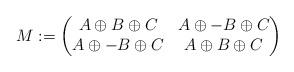
LaTeX: \begin{align*}M := \begin{pmatrix}A \oplus B \oplus C & A \oplus -B \oplus C \\A \oplus -B \oplus C & A \oplus B \oplus C\end{pmatrix}\end{align*}